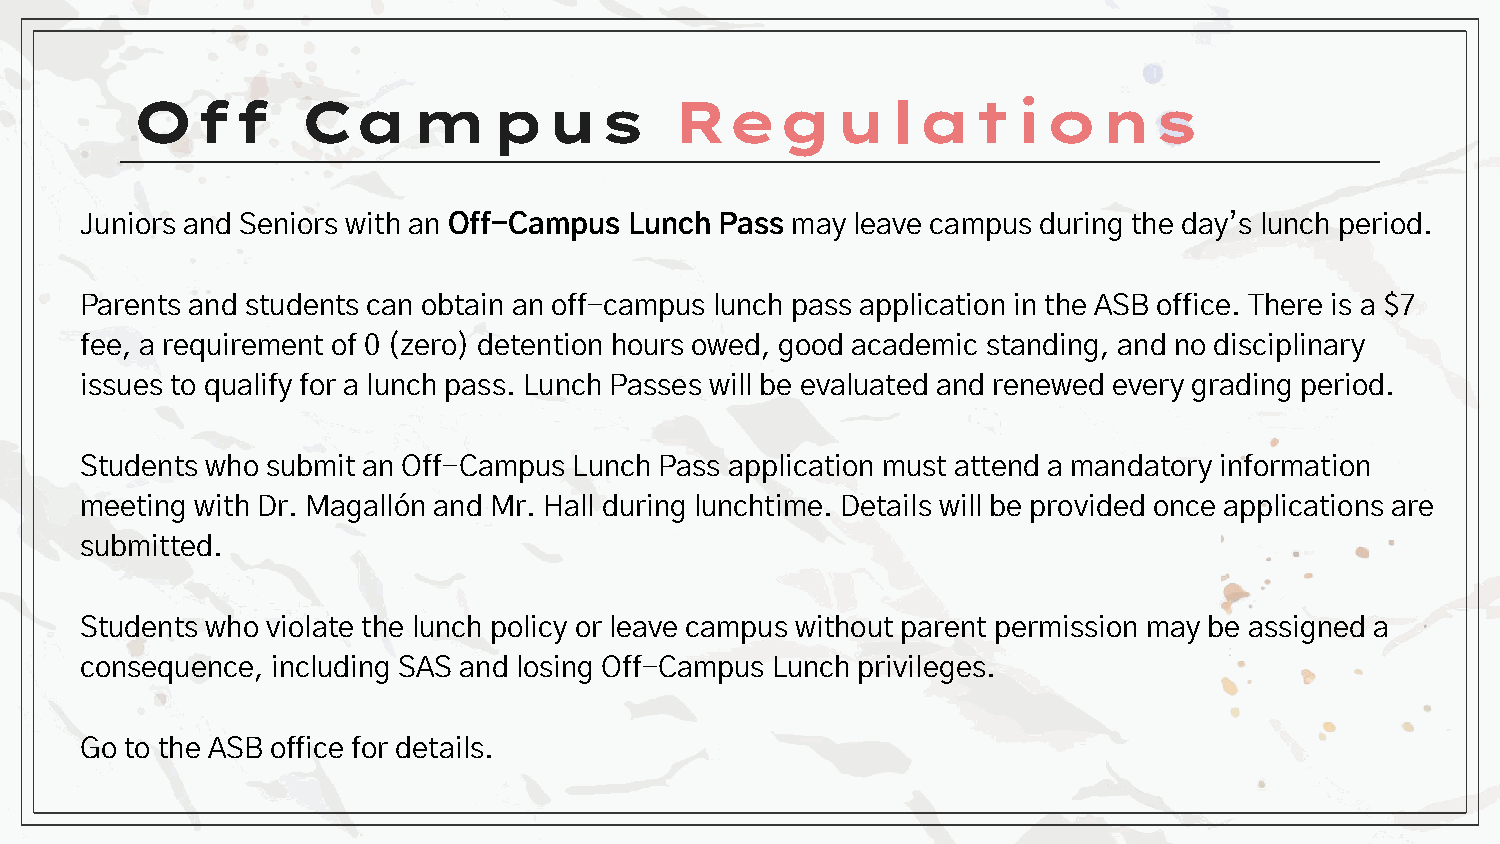
Off        Campus                   Regulations
 Juniors and Seniors with an Off-Campus Lunch Pass may leave campus during the day’s lunch period.
 Parents and students can obtain an off-campus lunch pass application in the ASB office. There is a $7
 fee, a requirement of 0 (zero) detention hours owed, good academic standing, and no disciplinary
 issues to qualify for a lunch pass. Lunch Passes will be evaluated and renewed every grading period.
 Students who submit an Off-Campus Lunch Pass application must attend a mandatory information
 meeting with Dr. Magallón and Mr. Hall during lunchtime. Details will be provided once applications are
 submitted.
 Students who violate the lunch policy or leave campus without parent permission may be assigned a
 consequence, including SAS and losing Off-Campus Lunch privileges.
 Go to the ASB office for details.